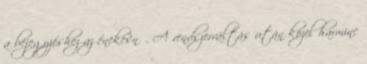
a bejegyzéshez az énekesnő. A rendszerváltás után közel harminc